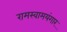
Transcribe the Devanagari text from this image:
रामस्वामयंगार